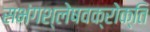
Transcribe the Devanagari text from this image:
सभंगश्लेषवक्रोक्ति